Source: Handwritten
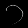
Digit: ၁ (1)